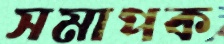
সমাপক